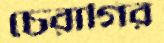
চেরাগির